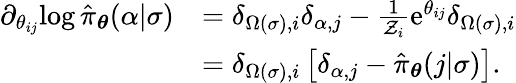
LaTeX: \begin{array}{rl}{\partial_{\theta_{ij}}\! \log\hat{\pi}_{\boldsymbol{\theta}}(\alpha\vert\sigma)}&{=\delta_{\Omega(\sigma),i}\delta_{\alpha,j}-\frac{1}{\mathcal{Z}_{i}}\mathrm{e}^{\theta_{ij}}\delta_{\Omega(\sigma),i}}\\ &{=\delta_{\Omega(\sigma),i}\left[\delta_{\alpha,j}-\hat{\pi}_{\boldsymbol{\theta}}(j\vert\sigma)\right].}\end{array}